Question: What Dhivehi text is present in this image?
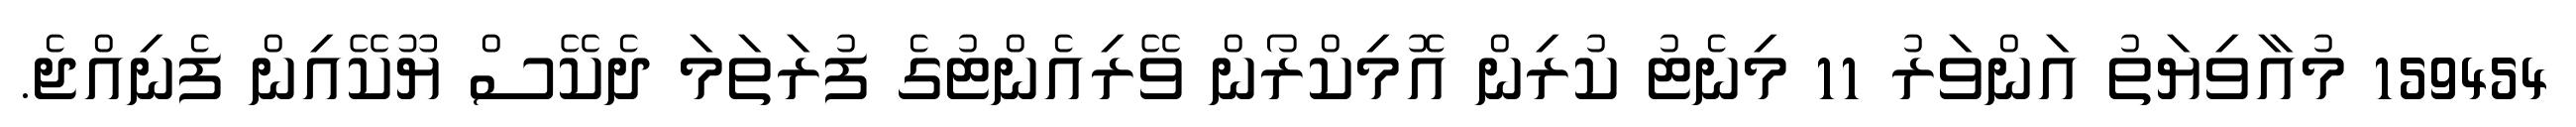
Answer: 159454 މުއާވިޔަތު އަންވަރު 11 މިނެޓު ކުރިން އޮމިކްރޯން ވޭރިއެންޓުގެ ފުރަތަމަ ދެކޭސް ޔޫކޭއިން ފެނިއްޖެ.